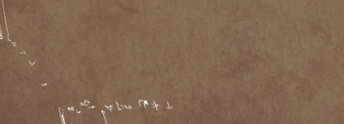
بيع وشراء الأدوات الرياضي